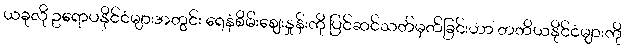
ယခုလို ဥရောပနိုင်ငံများအတွင်း ရေနံစိမ်းစျေးနှုန်းကို ပြင်ဆင်သတ်မှတ်ခြင်းဟာ တတိယနိုင်ငံများကို